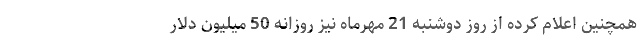
همچنین اعلام کرده از روز دوشنبه 21 مهرماه نیز روزانه 50 میلیون دلار